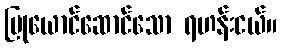
ပြုယောင်ဆောင်သော ရဟန်းငယ်။